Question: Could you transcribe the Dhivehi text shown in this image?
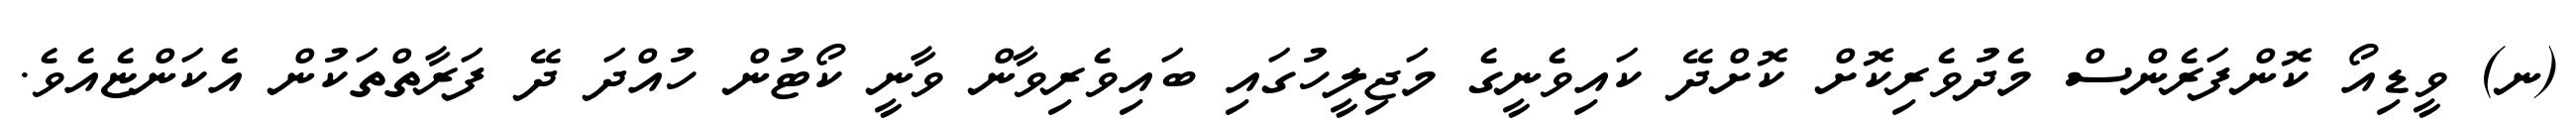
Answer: (ނ) ވީޑިއޯ ކޮންފަރެންސް މެދުވެރިކޮށް ކޮށްދޭ ކައިވެނީގެ މަޖިލީހުގައި ބައިވެރިވާން ވާނީ ކޯޓުން ހުއްދަ ދޭ ފަރާތްތަކުން އެކަންޏެއެވެ.